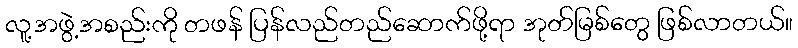
လူ့အဖွဲ့အစည်းကို တဖန် ပြန်လည်တည်ဆောက်ဖို့ရာ အုတ်မြစ်တွေ ဖြစ်လာတယ်။